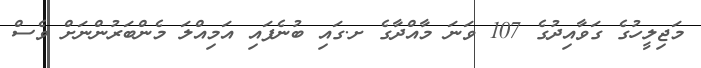
މަޖިލީހުގެ ގަވާއިދުގެ 107 ވަނަ މާއްދާގެ ށ.ގައި ބުނެފައި އަމިއްލަ މެންބަރުންނަށް ވެސް